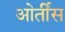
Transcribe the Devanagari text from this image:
ओर्तीस